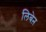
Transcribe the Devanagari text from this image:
लिबेऩ